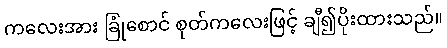
ကလေးအား ခြုံစောင် စုတ်ကလေးဖြင့် ချီ၍ပိုးထားသည်။